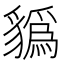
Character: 𧴑